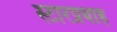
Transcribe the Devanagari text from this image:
स्टारप्रवाह